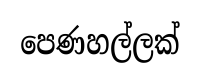
පෙණහල්ලක්